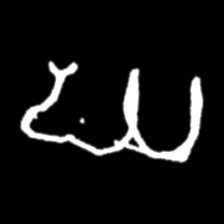
Pyu character \u2014 Myanmar letter: ဃ (romanized: gha)